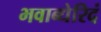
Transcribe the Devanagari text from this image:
भवाब्धेरिदं